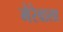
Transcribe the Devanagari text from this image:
मेरेवाला